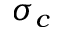
\sigma _ { c }